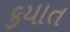
કયાત